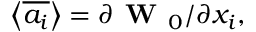
\left\langle \overline { { a _ { i } } } \right\rangle = \partial \textbf { W } _ { 0 } / \partial x _ { i } ,